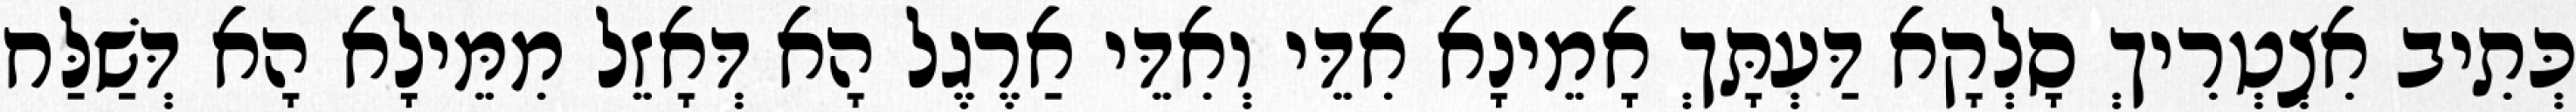
כְּתִיב אִצְטְרִיךְ סָלְקָא דַּעְתָּךְ אָמֵינָא אִדֵּי וְאִדֵּי אַרֶגֶל הָא דְּאָזֵל מִמֵּילָא הָא דְּשַׁלַּח